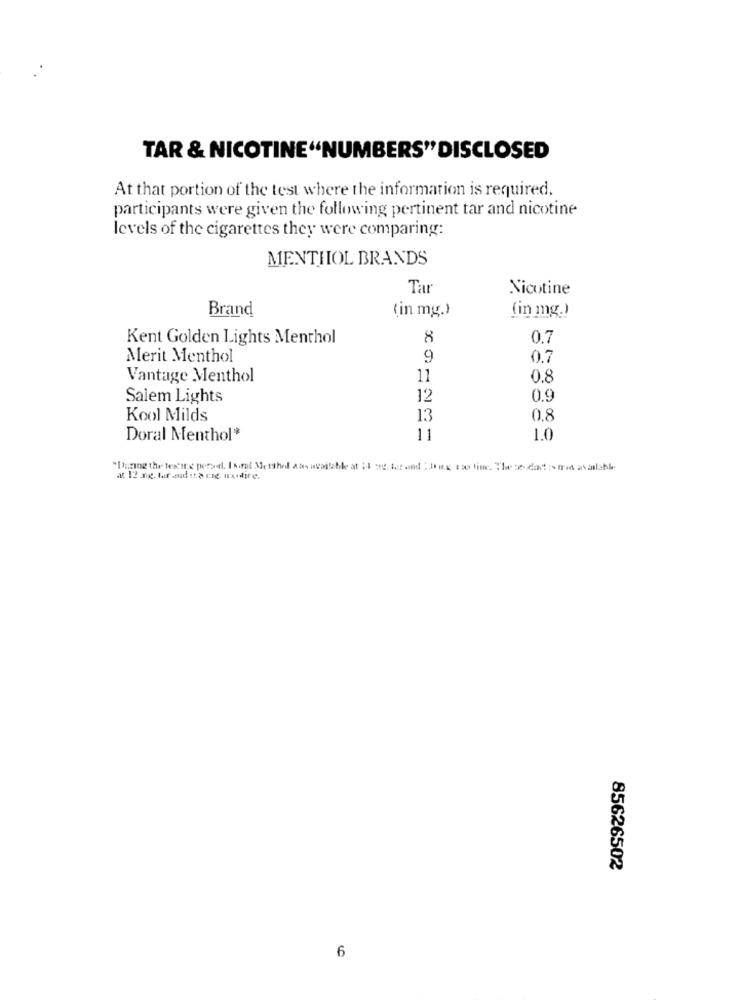
TAR & NICOTINE"NUMBERS" DISCLOSED
At that portion of the test where the information is required.
participants were given the following pertinent tar and nicotine
levels of the cigarettes they were comparing:
MENTHOL BRANDS
Tar
Nicotine
Brand
(in mg.)
(in mg.)
Kent Golden Lights Menthol
8
0.7
Merit Menthol
9
0.7
Vantage Menthol
11
0.8
Salem Lights
12
0.9
Kool Milds
13
0.8
Doral Menthol*
11
1.0
at 12 ng. tar and o.ang. rusdire.
85626502
6